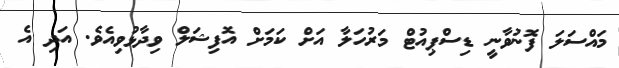
މައްސަލަ ފޮނުވާނީ ޑިސްޕިއުޓް މަރުހަލާ އަށް ކަމަށް އޮފިޝަލް ވިދާޅުވިއެވެ. އަދި އެ